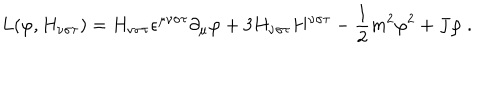
L ( \varphi , H _ { \nu \sigma \tau } ) = H _ { \nu \sigma \tau } \epsilon ^ { \mu \nu \sigma \tau } \partial _ { \mu } \varphi + 3 H _ { \nu \sigma \tau } H ^ { \nu \sigma \tau } - \frac { 1 } { 2 } m ^ { 2 } \varphi ^ { 2 } + J \varphi \ .